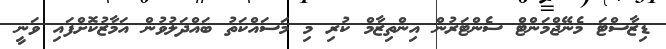
ޑިޒާސްޓަ މެނޭޖްމަންޓް ސެންޓަރުން އިންތިޒާމް ކުރި މި މަސައްކަތު ބައްދަލުވުން އަމާޒުކޮށްފައި ވަނީ